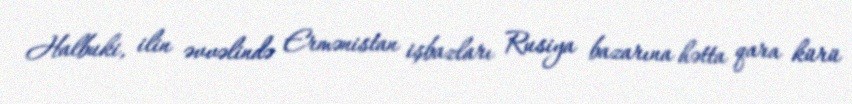
Halbuki, ilin əvvəlində Ermənistan işbazları Rusiya bazarına hətta qara kürü